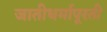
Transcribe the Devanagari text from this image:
जातीधर्मापूरती